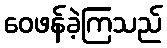
ဝေဖန်ခဲ့ကြသည်